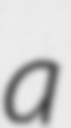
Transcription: a